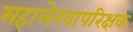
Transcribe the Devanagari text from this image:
महालेखापरिक्षक